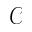
\mathcal { C }